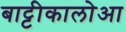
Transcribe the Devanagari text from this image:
बाट्टीकालोआ